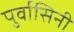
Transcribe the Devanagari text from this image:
पुर्वासिनी